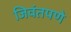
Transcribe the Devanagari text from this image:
जिवंतपणे